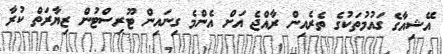
އޭޝިއާގެ ގައުމުތަކުގެ ތެރެއިން ރާއްޖެ އަށް އެންމެ ގިނައިން ޓޫރިސްޓުން ޒިޔާރަތް ކުރާ